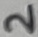
Text: 2